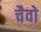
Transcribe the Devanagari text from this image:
चैवो